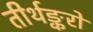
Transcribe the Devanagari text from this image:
तीर्थङ्करों